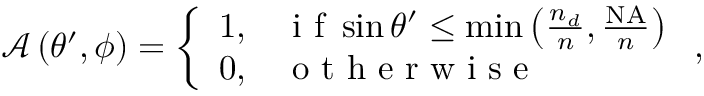
\mathcal { A } \left( \theta ^ { \prime } , \phi \right) = \left\{ \begin{array} { l l } { 1 , } & { \mathrm { ~ i ~ f ~ } \sin { \theta ^ { \prime } } \leq \operatorname* { m i n } \left( \frac { n _ { d } } { n } , \frac { \mathrm { N A } } { n } \right) } \\ { 0 , } & { \mathrm { ~ o ~ t ~ h ~ e ~ r ~ w ~ i ~ s ~ e ~ } } \end{array} \right. ,